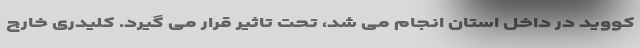
کووید در داخل استان انجام می شد، تحت تاثیر قرار می گیرد. کلیدری خارج